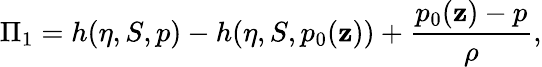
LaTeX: \Pi_{1}=h(\eta,S,p)-h(\eta,S,p_{0}(\mathbf{z}))+\frac{{p_{0}(\mathbf{z})-p}}{{\rho}},